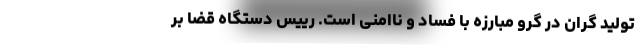
تولید گران در گرو مبارزه با فساد و ناامنی است. رییس دستگاه قضا بر